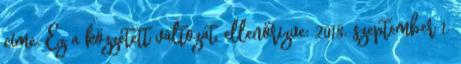
címe: Ez a közzétett változat, ellenőrizve: 2018. szeptember 1.